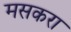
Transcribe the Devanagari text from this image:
मसकरा